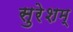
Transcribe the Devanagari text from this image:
सुरेशम्‌